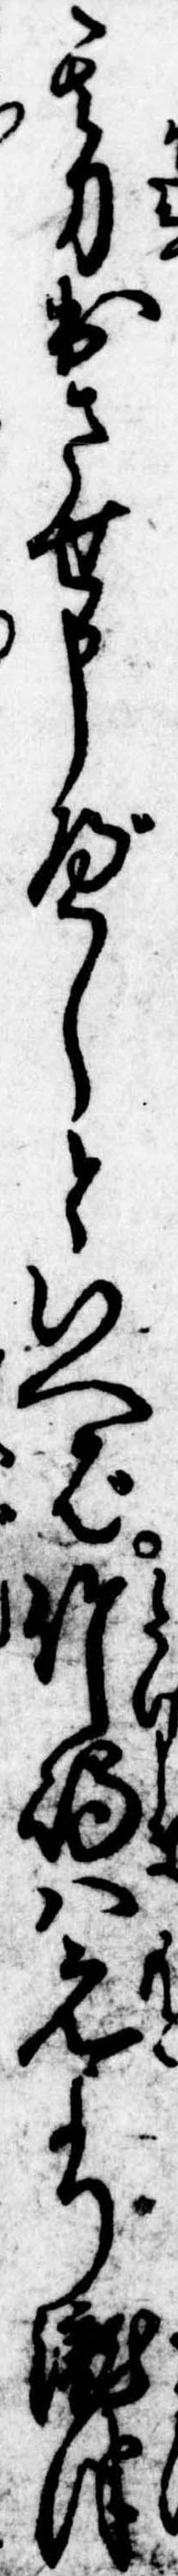
其刀出させ申べしといへば竹島は元より滝津